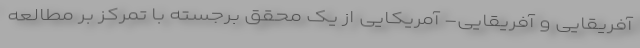
آفریقایی و آفریقایی- آمریکایی از یک محقق برجسته با تمرکز بر مطالعه